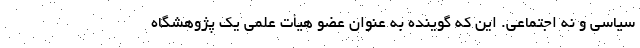
سیاسی و نه اجتماعی. این که گوینده به عنوان عضو هیأت علمی یک پژوهشگاه